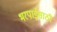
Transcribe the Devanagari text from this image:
भरपाईसाठी